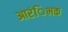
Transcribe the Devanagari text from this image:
आरंिभक